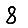
Digit: 8